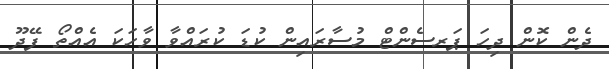
ދެން ކޮން ދިހަ ޕަރސެންޓް މުސާރައިން ކުޑަ ކުރައްވާ ވާހަކަ އެއްތޯ ފޭދޫ